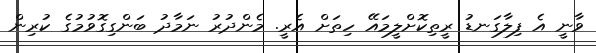
ވާނީ އެ ފިލާގަނޑު ރީތިކޮށްލީމައޭ ހިތަށް އެރީ. މެންދުރު ނަމާދު ބަންގިގޮވުމުގެ ކުރިން